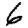
Digit: 6